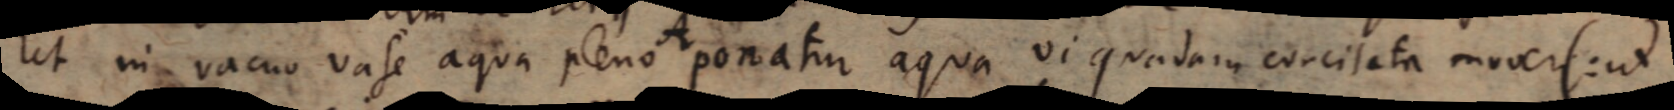
ut in vacuo vase aqua pleno ponatur aqua vi quadam concitata moveri (ut